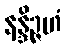
နန္ဒိဉ္ဇဟံ